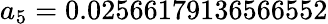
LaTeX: a_{5}=0.02566179136566552